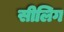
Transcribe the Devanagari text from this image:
सीलिग